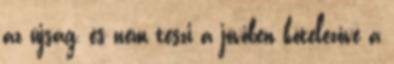
az újság, és nem teszi a jövőben kötelezővé a